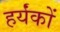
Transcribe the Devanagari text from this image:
हर्यंकों